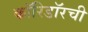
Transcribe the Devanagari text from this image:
कॉरिडॉरची